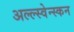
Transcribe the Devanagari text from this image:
अल्ल्स्वेन्स्कन